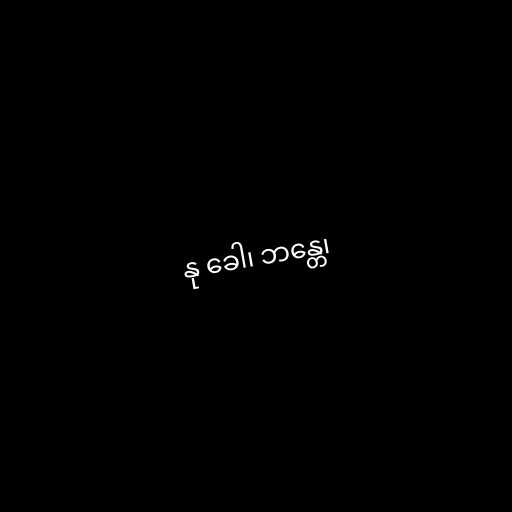
နု ခေါ၊ ဘန္တေ၊